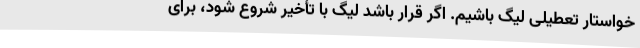
خواستار تعطیلی لیگ باشیم. اگر قرار باشد لیگ با تأخیر شروع شود، برای